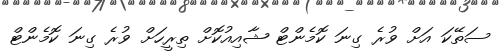
ސަތޭކަ އަށް ވުރެ ގިނަ ކޮމެންޓް ޝާއިއުކޮށް ތިރީހަށް ވުރެ ގިނަ ކޮމެންޓް